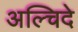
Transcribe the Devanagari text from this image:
अल्चिदे